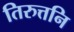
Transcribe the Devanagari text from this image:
तिरुत्तनि